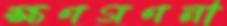
ক্ষণগণনা